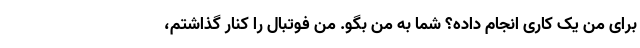
برای من یک کاری انجام داده؟ شما به من بگو. من فوتبال را کنار گذاشتم،